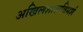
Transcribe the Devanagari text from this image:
अखिलशास्त्रविमर्श